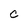
Character: C